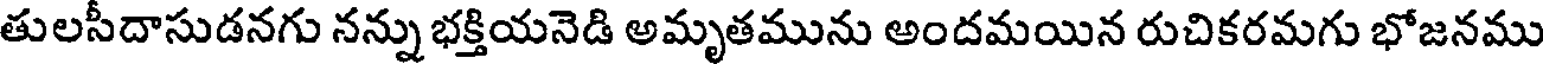
తులసీదాసుడనగు నన్ను భక్తియనెడి అమృతమును అందమయిన రుచికరమగు భోజనము